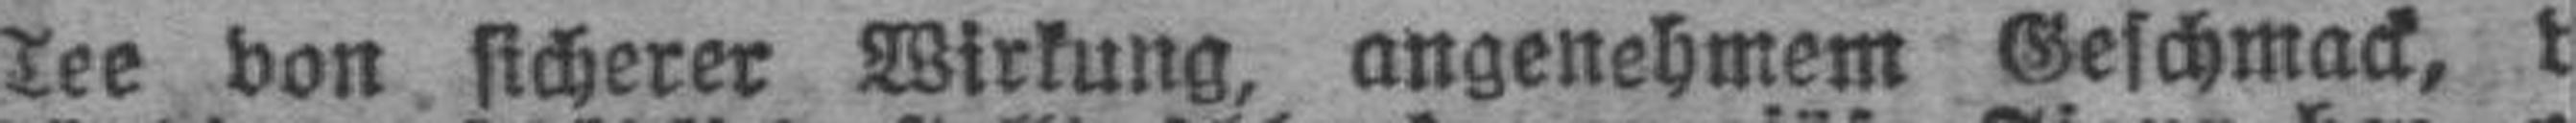
Tee von sicherer Wirkung, angenehmem Geschmack, v###